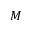
M